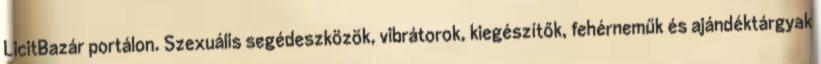
LicitBazár portálon. Szexuális segédeszközök, vibrátorok, kiegészítők, fehérneműk és ajándéktárgyak